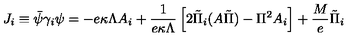
J _ { i } \equiv \bar { \psi } \gamma _ { i } \psi = - e \kappa \Lambda A _ { i } + \frac { 1 } { e \kappa \Lambda } \left[ 2 \tilde { \Pi } _ { i } ( A \tilde { \Pi } ) - \Pi ^ { 2 } A _ { i } \right] + \frac { M } { e } \tilde { \Pi } _ { i }